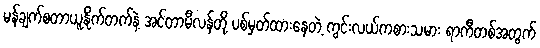
မန်ချက်စတာယူနိုက်တက်နဲ့ အင်တာမီလန်တို့ ပစ်မှတ်ထားနေတဲ့ ကွင်းလယ်ကစားသမား ရာကီတစ်အတွက်